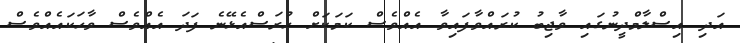
އަދި އިސްލާމްދީނުގައި ވާޖިބު ކުރައްވާފައިވާ އެއްވެސް ކަމަކަށް ހުރަސްއެޅޭނެ ފަދަ އެއްވެސް ވާހަކައެއްވެސް